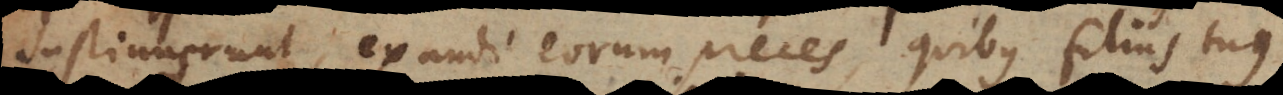
sustinuerunt, exaudi eorum preces quibus filius tuus